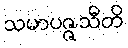
သမာပဇ္ဇသီတိ